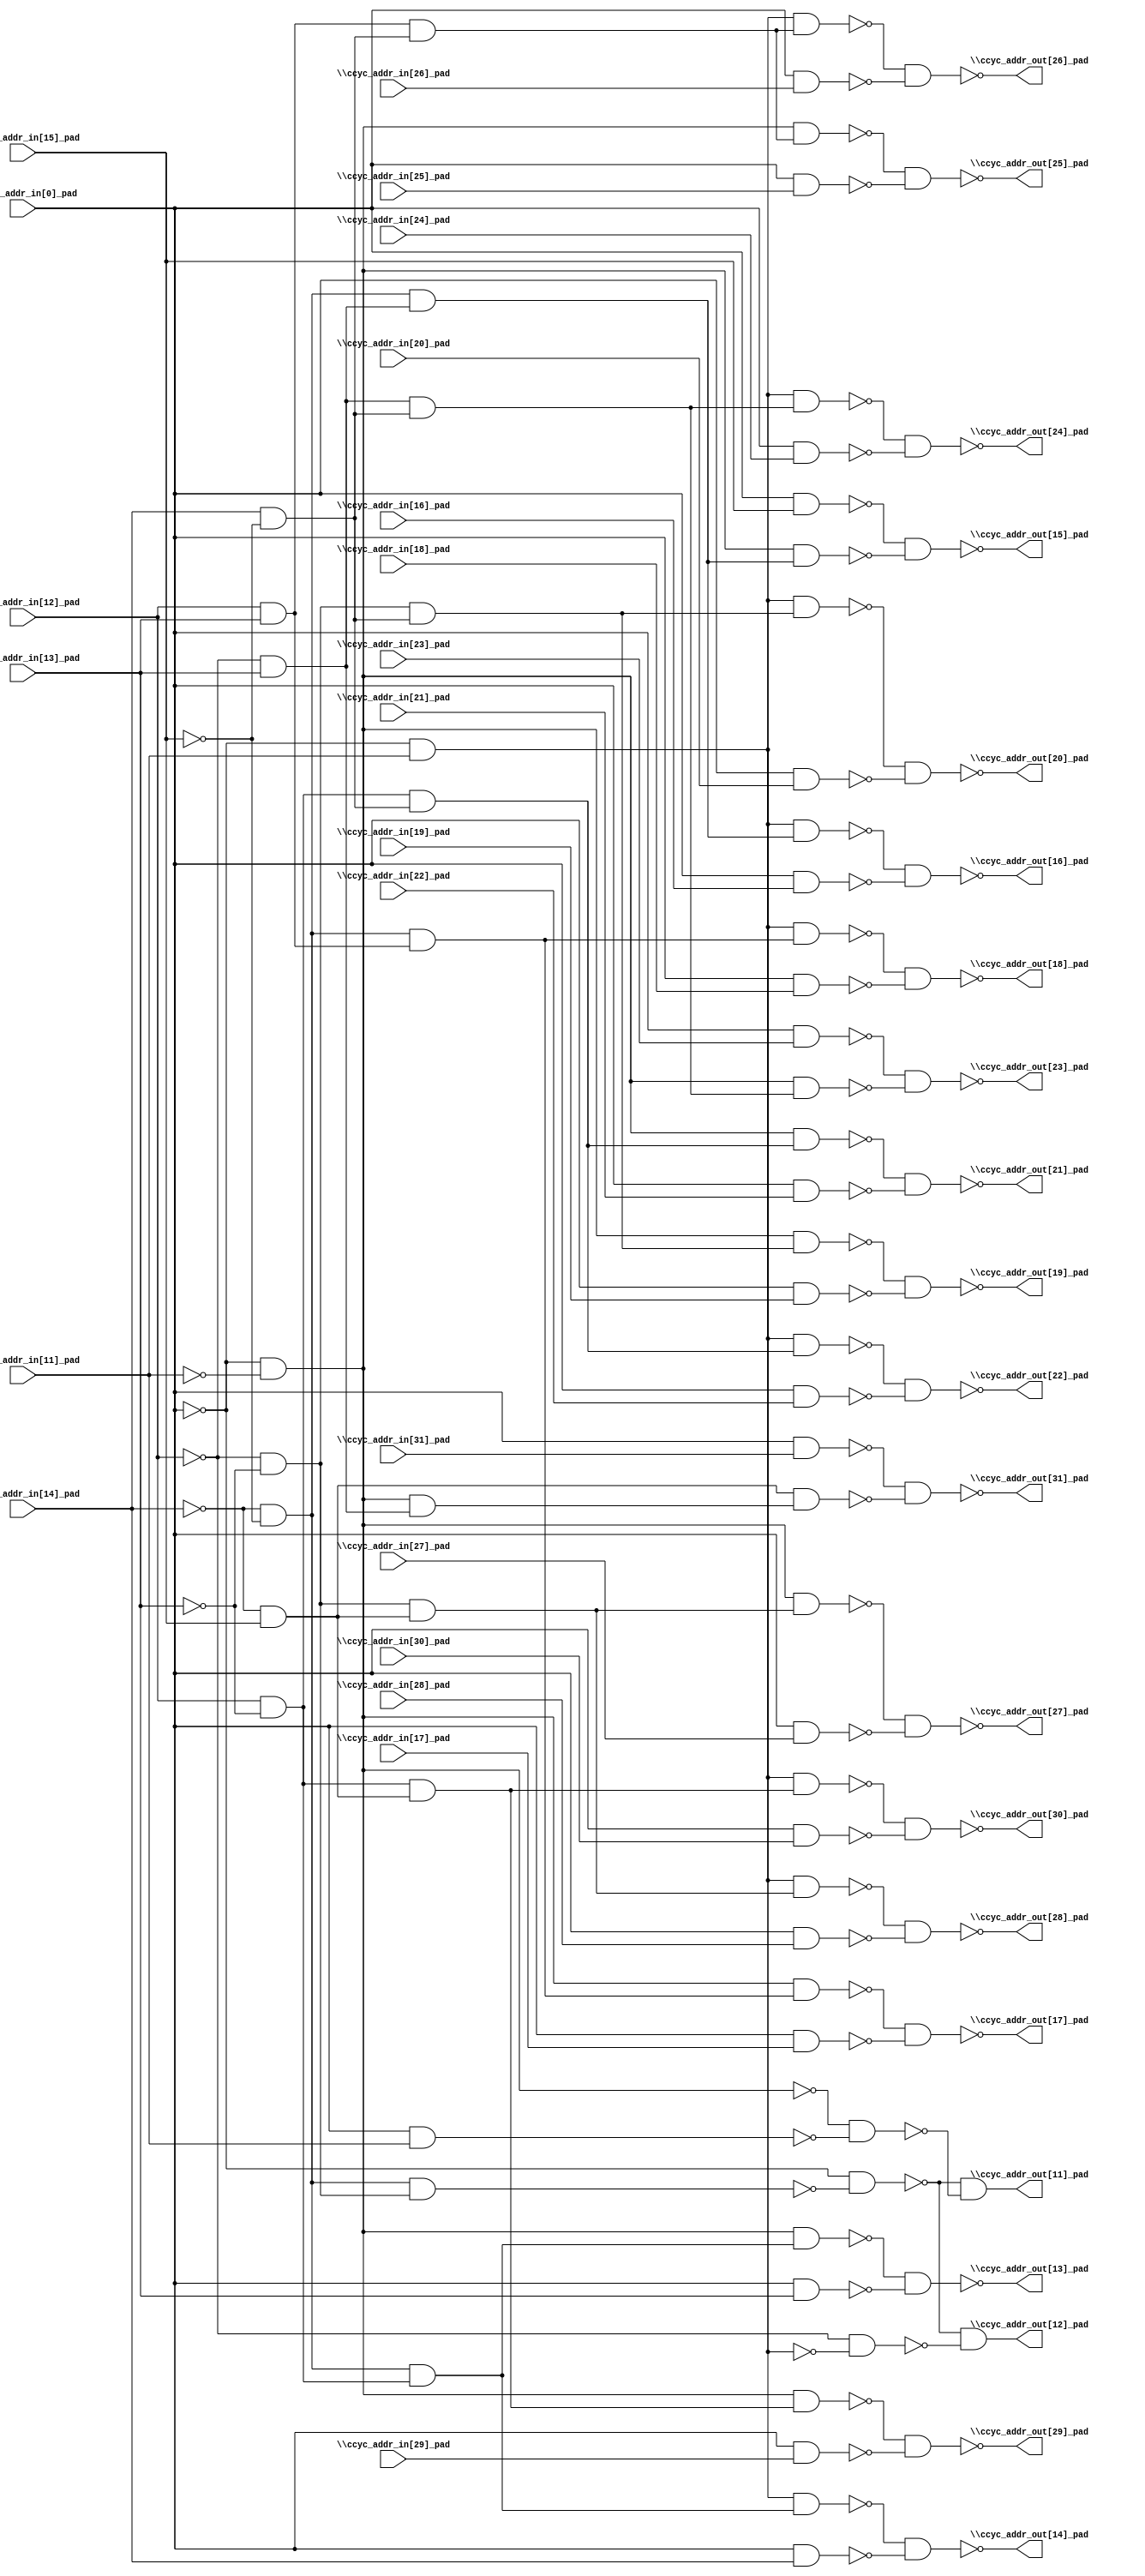
module top( \ccyc_addr_in[0]_pad  , \ccyc_addr_in[11]_pad  , \ccyc_addr_in[12]_pad  , \ccyc_addr_in[13]_pad  , \ccyc_addr_in[14]_pad  , \ccyc_addr_in[15]_pad  , \ccyc_addr_in[16]_pad  , \ccyc_addr_in[17]_pad  , \ccyc_addr_in[18]_pad  , \ccyc_addr_in[19]_pad  , \ccyc_addr_in[20]_pad  , \ccyc_addr_in[21]_pad  , \ccyc_addr_in[22]_pad  , \ccyc_addr_in[23]_pad  , \ccyc_addr_in[24]_pad  , \ccyc_addr_in[25]_pad  , \ccyc_addr_in[26]_pad  , \ccyc_addr_in[27]_pad  , \ccyc_addr_in[28]_pad  , \ccyc_addr_in[29]_pad  , \ccyc_addr_in[30]_pad  , \ccyc_addr_in[31]_pad  , \ccyc_addr_out[11]_pad  , \ccyc_addr_out[12]_pad  , \ccyc_addr_out[13]_pad  , \ccyc_addr_out[14]_pad  , \ccyc_addr_out[15]_pad  , \ccyc_addr_out[16]_pad  , \ccyc_addr_out[17]_pad  , \ccyc_addr_out[18]_pad  , \ccyc_addr_out[19]_pad  , \ccyc_addr_out[20]_pad  , \ccyc_addr_out[21]_pad  , \ccyc_addr_out[22]_pad  , \ccyc_addr_out[23]_pad  , \ccyc_addr_out[24]_pad  , \ccyc_addr_out[25]_pad  , \ccyc_addr_out[26]_pad  , \ccyc_addr_out[27]_pad  , \ccyc_addr_out[28]_pad  , \ccyc_addr_out[29]_pad  , \ccyc_addr_out[30]_pad  , \ccyc_addr_out[31]_pad  );
  input \ccyc_addr_in[0]_pad  ;
  input \ccyc_addr_in[11]_pad  ;
  input \ccyc_addr_in[12]_pad  ;
  input \ccyc_addr_in[13]_pad  ;
  input \ccyc_addr_in[14]_pad  ;
  input \ccyc_addr_in[15]_pad  ;
  input \ccyc_addr_in[16]_pad  ;
  input \ccyc_addr_in[17]_pad  ;
  input \ccyc_addr_in[18]_pad  ;
  input \ccyc_addr_in[19]_pad  ;
  input \ccyc_addr_in[20]_pad  ;
  input \ccyc_addr_in[21]_pad  ;
  input \ccyc_addr_in[22]_pad  ;
  input \ccyc_addr_in[23]_pad  ;
  input \ccyc_addr_in[24]_pad  ;
  input \ccyc_addr_in[25]_pad  ;
  input \ccyc_addr_in[26]_pad  ;
  input \ccyc_addr_in[27]_pad  ;
  input \ccyc_addr_in[28]_pad  ;
  input \ccyc_addr_in[29]_pad  ;
  input \ccyc_addr_in[30]_pad  ;
  input \ccyc_addr_in[31]_pad  ;
  output \ccyc_addr_out[11]_pad  ;
  output \ccyc_addr_out[12]_pad  ;
  output \ccyc_addr_out[13]_pad  ;
  output \ccyc_addr_out[14]_pad  ;
  output \ccyc_addr_out[15]_pad  ;
  output \ccyc_addr_out[16]_pad  ;
  output \ccyc_addr_out[17]_pad  ;
  output \ccyc_addr_out[18]_pad  ;
  output \ccyc_addr_out[19]_pad  ;
  output \ccyc_addr_out[20]_pad  ;
  output \ccyc_addr_out[21]_pad  ;
  output \ccyc_addr_out[22]_pad  ;
  output \ccyc_addr_out[23]_pad  ;
  output \ccyc_addr_out[24]_pad  ;
  output \ccyc_addr_out[25]_pad  ;
  output \ccyc_addr_out[26]_pad  ;
  output \ccyc_addr_out[27]_pad  ;
  output \ccyc_addr_out[28]_pad  ;
  output \ccyc_addr_out[29]_pad  ;
  output \ccyc_addr_out[30]_pad  ;
  output \ccyc_addr_out[31]_pad  ;
  wire n23 , n24 , n25 , n26 , n27 , n28 , n29 , n30 , n31 , n32 , n33 , n34 , n35 , n36 , n37 , n38 , n39 , n40 , n41 , n42 , n43 , n44 , n45 , n46 , n47 , n48 , n49 , n50 , n51 , n52 , n53 , n54 , n55 , n56 , n57 , n58 , n59 , n60 , n61 , n62 , n63 , n64 , n65 , n66 , n67 , n68 , n69 , n70 , n71 , n72 , n73 , n74 , n75 , n76 , n77 , n78 , n79 , n80 , n81 , n82 , n83 , n84 , n85 , n86 , n87 , n88 , n89 , n90 , n91 , n92 , n93 , n94 , n95 , n96 , n97 , n98 , n99 , n100 , n101 , n102 , n103 , n104 , n105 ;
  assign n23 = ~\ccyc_addr_in[14]_pad  & ~\ccyc_addr_in[15]_pad  ;
  assign n24 = ~\ccyc_addr_in[12]_pad  & ~\ccyc_addr_in[13]_pad  ;
  assign n25 = n23 & n24 ;
  assign n26 = ~\ccyc_addr_in[0]_pad  & ~n25 ;
  assign n27 = ~\ccyc_addr_in[0]_pad  & ~\ccyc_addr_in[11]_pad  ;
  assign n28 = \ccyc_addr_in[0]_pad  & \ccyc_addr_in[11]_pad  ;
  assign n29 = ~n27 & ~n28 ;
  assign n30 = ~n26 & ~n29 ;
  assign n31 = ~\ccyc_addr_in[0]_pad  & \ccyc_addr_in[11]_pad  ;
  assign n32 = ~\ccyc_addr_in[12]_pad  & ~n31 ;
  assign n33 = ~n26 & ~n32 ;
  assign n34 = \ccyc_addr_in[12]_pad  & ~\ccyc_addr_in[13]_pad  ;
  assign n35 = n23 & n34 ;
  assign n36 = n27 & n35 ;
  assign n37 = \ccyc_addr_in[0]_pad  & \ccyc_addr_in[13]_pad  ;
  assign n38 = ~n36 & ~n37 ;
  assign n39 = n31 & n35 ;
  assign n40 = \ccyc_addr_in[0]_pad  & \ccyc_addr_in[14]_pad  ;
  assign n41 = ~n39 & ~n40 ;
  assign n42 = \ccyc_addr_in[0]_pad  & \ccyc_addr_in[15]_pad  ;
  assign n43 = ~\ccyc_addr_in[12]_pad  & \ccyc_addr_in[13]_pad  ;
  assign n44 = n23 & n43 ;
  assign n45 = n27 & n44 ;
  assign n46 = ~n42 & ~n45 ;
  assign n47 = n31 & n44 ;
  assign n48 = \ccyc_addr_in[0]_pad  & \ccyc_addr_in[16]_pad  ;
  assign n49 = ~n47 & ~n48 ;
  assign n50 = \ccyc_addr_in[12]_pad  & \ccyc_addr_in[13]_pad  ;
  assign n51 = n23 & n50 ;
  assign n52 = n27 & n51 ;
  assign n53 = \ccyc_addr_in[0]_pad  & \ccyc_addr_in[17]_pad  ;
  assign n54 = ~n52 & ~n53 ;
  assign n55 = n31 & n51 ;
  assign n56 = \ccyc_addr_in[0]_pad  & \ccyc_addr_in[18]_pad  ;
  assign n57 = ~n55 & ~n56 ;
  assign n58 = \ccyc_addr_in[14]_pad  & ~\ccyc_addr_in[15]_pad  ;
  assign n59 = n24 & n58 ;
  assign n60 = n27 & n59 ;
  assign n61 = \ccyc_addr_in[0]_pad  & \ccyc_addr_in[19]_pad  ;
  assign n62 = ~n60 & ~n61 ;
  assign n63 = n31 & n59 ;
  assign n64 = \ccyc_addr_in[0]_pad  & \ccyc_addr_in[20]_pad  ;
  assign n65 = ~n63 & ~n64 ;
  assign n66 = n34 & n58 ;
  assign n67 = n27 & n66 ;
  assign n68 = \ccyc_addr_in[0]_pad  & \ccyc_addr_in[21]_pad  ;
  assign n69 = ~n67 & ~n68 ;
  assign n70 = n31 & n66 ;
  assign n71 = \ccyc_addr_in[0]_pad  & \ccyc_addr_in[22]_pad  ;
  assign n72 = ~n70 & ~n71 ;
  assign n73 = \ccyc_addr_in[0]_pad  & \ccyc_addr_in[23]_pad  ;
  assign n74 = n43 & n58 ;
  assign n75 = n27 & n74 ;
  assign n76 = ~n73 & ~n75 ;
  assign n77 = n31 & n74 ;
  assign n78 = \ccyc_addr_in[0]_pad  & \ccyc_addr_in[24]_pad  ;
  assign n79 = ~n77 & ~n78 ;
  assign n80 = n50 & n58 ;
  assign n81 = n27 & n80 ;
  assign n82 = \ccyc_addr_in[0]_pad  & \ccyc_addr_in[25]_pad  ;
  assign n83 = ~n81 & ~n82 ;
  assign n84 = n31 & n80 ;
  assign n85 = \ccyc_addr_in[0]_pad  & \ccyc_addr_in[26]_pad  ;
  assign n86 = ~n84 & ~n85 ;
  assign n87 = ~\ccyc_addr_in[14]_pad  & \ccyc_addr_in[15]_pad  ;
  assign n88 = n24 & n87 ;
  assign n89 = n27 & n88 ;
  assign n90 = \ccyc_addr_in[0]_pad  & \ccyc_addr_in[27]_pad  ;
  assign n91 = ~n89 & ~n90 ;
  assign n92 = n31 & n88 ;
  assign n93 = \ccyc_addr_in[0]_pad  & \ccyc_addr_in[28]_pad  ;
  assign n94 = ~n92 & ~n93 ;
  assign n95 = n34 & n87 ;
  assign n96 = n27 & n95 ;
  assign n97 = \ccyc_addr_in[0]_pad  & \ccyc_addr_in[29]_pad  ;
  assign n98 = ~n96 & ~n97 ;
  assign n99 = n31 & n95 ;
  assign n100 = \ccyc_addr_in[0]_pad  & \ccyc_addr_in[30]_pad  ;
  assign n101 = ~n99 & ~n100 ;
  assign n102 = \ccyc_addr_in[0]_pad  & \ccyc_addr_in[31]_pad  ;
  assign n103 = n27 & n43 ;
  assign n104 = n87 & n103 ;
  assign n105 = ~n102 & ~n104 ;
  assign \ccyc_addr_out[11]_pad  = n30 ;
  assign \ccyc_addr_out[12]_pad  = n33 ;
  assign \ccyc_addr_out[13]_pad  = ~n38 ;
  assign \ccyc_addr_out[14]_pad  = ~n41 ;
  assign \ccyc_addr_out[15]_pad  = ~n46 ;
  assign \ccyc_addr_out[16]_pad  = ~n49 ;
  assign \ccyc_addr_out[17]_pad  = ~n54 ;
  assign \ccyc_addr_out[18]_pad  = ~n57 ;
  assign \ccyc_addr_out[19]_pad  = ~n62 ;
  assign \ccyc_addr_out[20]_pad  = ~n65 ;
  assign \ccyc_addr_out[21]_pad  = ~n69 ;
  assign \ccyc_addr_out[22]_pad  = ~n72 ;
  assign \ccyc_addr_out[23]_pad  = ~n76 ;
  assign \ccyc_addr_out[24]_pad  = ~n79 ;
  assign \ccyc_addr_out[25]_pad  = ~n83 ;
  assign \ccyc_addr_out[26]_pad  = ~n86 ;
  assign \ccyc_addr_out[27]_pad  = ~n91 ;
  assign \ccyc_addr_out[28]_pad  = ~n94 ;
  assign \ccyc_addr_out[29]_pad  = ~n98 ;
  assign \ccyc_addr_out[30]_pad  = ~n101 ;
  assign \ccyc_addr_out[31]_pad  = ~n105 ;
endmodule